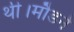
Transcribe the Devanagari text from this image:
थी।मौडर्न